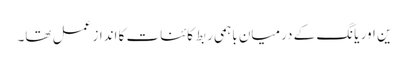
ین اور یانگ کے درمیان باہمی ربط کائنات کا انداز عمل تھا۔